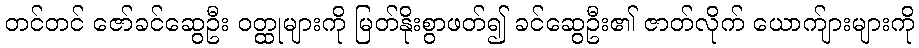
တင်တင် ဇော်ခင်ဆွေဦး ဝတ္ထုများကို မြတ်နိုးစွာဖတ်၍ ခင်ဆွေဦး၏ ဇာတ်လိုက် ယောက်ျားများကို